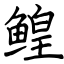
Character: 鳇